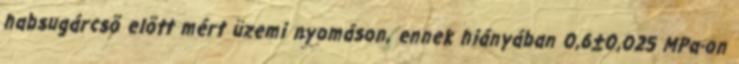
habsugárcsõ elõtt mért üzemi nyomáson, ennek hiányában 0,6±0,025 MPa-on